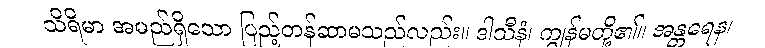
သိရိမာ အမည်ရှိသော ပြည့်တန်ဆာမသည်လည်း။ ဒါသီနံ၊ ကျွန်မတို့၏။ အန္တရေန၊